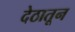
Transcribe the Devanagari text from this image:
देठातून